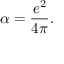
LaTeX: \alpha = { \frac { e ^ { 2 } } { 4 \pi } } .